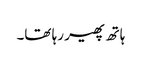
ہاتھ پھیر رہا تھا۔